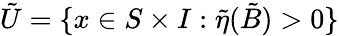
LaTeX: \tilde{U}=\{ x\in S\times I:\tilde{\eta}({\tilde{B}})>0\}